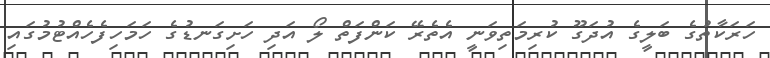
ހަރަކާތުގެ ބަލީގެ އުދަގޫ ކުރިމަތިވަނީ އެތެރޭ ކަންފަތް ލޯ އަދި ހަށިގަނޑުގެ ހަމަހިފެހެއްޓުމުގައި